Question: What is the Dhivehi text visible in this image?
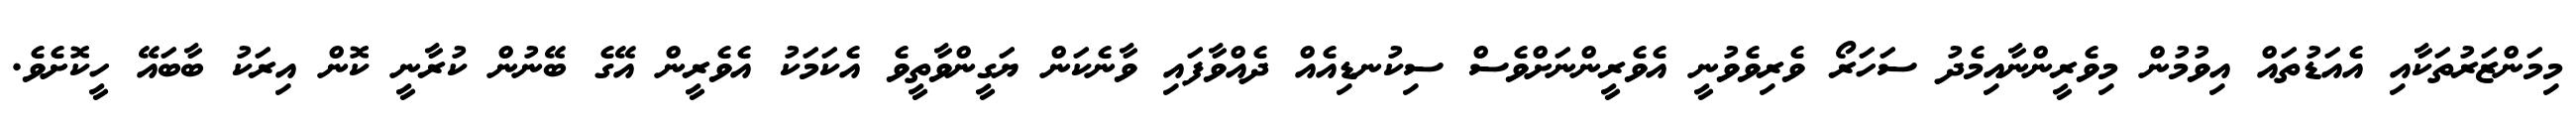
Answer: މިމަންޒަރުތަކާއި އެއަޑުތައް އިވުމުން މިވެރީންނާއިމެދު ސަހަރޯ ވެރިވެވުނީ އެވެރީންނަށްވެސް ސިކުނޑިއެއް ދެއްވާފައި ވާނެކަން ޔަގީންވާތީވެ އެކަމަކު އެވެރީން އޭގެ ބޭނުން ކުރާނީ ކޮން އިރަކު ބާބައޭ ހީކޮށެވެ.